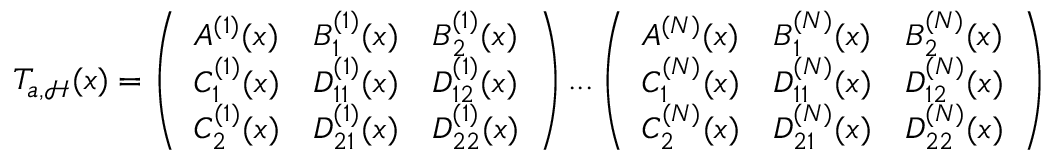
T _ { a , \mathcal { H } } ( x ) = \left( \begin{array} { l l l } { A ^ { ( 1 ) } ( x ) } & { B _ { 1 } ^ { ( 1 ) } ( x ) } & { B _ { 2 } ^ { ( 1 ) } ( x ) } \\ { C _ { 1 } ^ { ( 1 ) } ( x ) } & { D _ { 1 1 } ^ { ( 1 ) } ( x ) } & { D _ { 1 2 } ^ { ( 1 ) } ( x ) } \\ { C _ { 2 } ^ { ( 1 ) } ( x ) } & { D _ { 2 1 } ^ { ( 1 ) } ( x ) } & { D _ { 2 2 } ^ { ( 1 ) } ( x ) } \end{array} \right) . . . \left( \begin{array} { l l l } { A ^ { ( N ) } ( x ) } & { B _ { 1 } ^ { ( N ) } ( x ) } & { B _ { 2 } ^ { ( N ) } ( x ) } \\ { C _ { 1 } ^ { ( N ) } ( x ) } & { D _ { 1 1 } ^ { ( N ) } ( x ) } & { D _ { 1 2 } ^ { ( N ) } ( x ) } \\ { C _ { 2 } ^ { ( N ) } ( x ) } & { D _ { 2 1 } ^ { ( N ) } ( x ) } & { D _ { 2 2 } ^ { ( N ) } ( x ) } \end{array} \right)